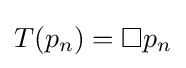
T(p_{n})=\Box p_{n}